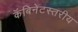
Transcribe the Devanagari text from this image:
कॅबिनेटस्तरीय